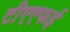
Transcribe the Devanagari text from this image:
टीएएफई